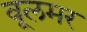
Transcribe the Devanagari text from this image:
वूलमर